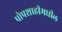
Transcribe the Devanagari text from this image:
पोपशाहीमधील